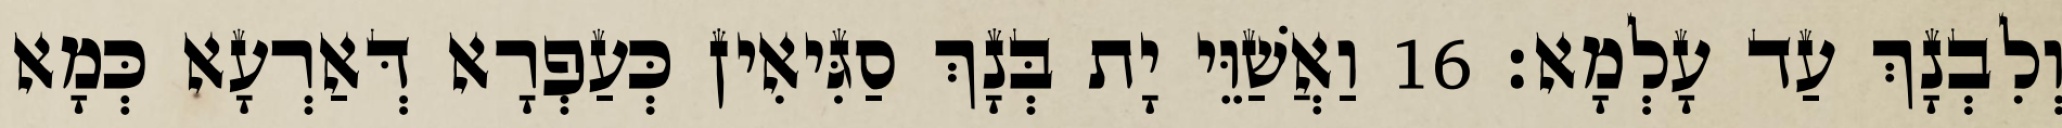
וְלִבְנָךְ עַד עָלְמָא׃ 16 וַאֲשַׁוֵּי יָת בְּנָךְ סַגִּיאִין כְּעַפְרָא דְּאַרְעָא כְּמָא